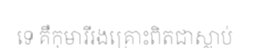
ទេ គឺកុមារីរងគ្រោះពិតជាស្លាប់